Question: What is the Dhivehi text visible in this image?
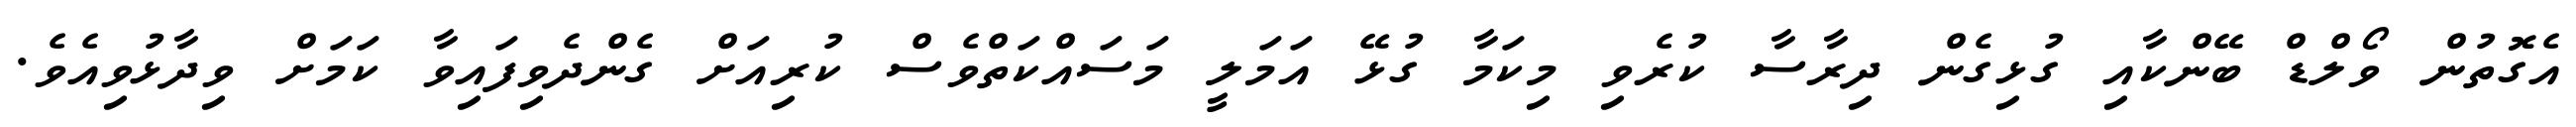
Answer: އެގޮތުން ވޯލްޑް ބޭންކާއި ގުޅިގެން ދިރާސާ ކުރެވި މިކަމާ ގުޅޭ އަމަލީ މަސައްކަތްވެސް ކުރިއަށް ގެންދެވިފައިވާ ކަމަށް ވިދާޅުވިއެވެ.